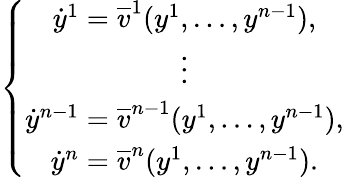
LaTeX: \left\lbrace\begin{array}{c}{\dot{y}^{1}=\overline{{v}}^{1}(y^{1},\ldots,y^{n-1}),}\\ {\vdots}\\ {\dot{y}^{n-1}=\overline{{v}}^{n-1}(y^{1},\ldots,y^{n-1}),}\\ {\dot{y}^{n}=\overline{{v}}^{n}(y^{1},\ldots,y^{n-1}).}\end{array}\right.